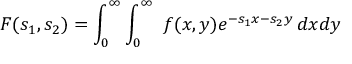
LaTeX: F ( s _ { 1 } , s _ { 2 } ) = \int _ { 0 } ^ { \infty } \int _ { 0 } ^ { \infty } \ f ( x , y ) e ^ { - s _ { 1 } x - s _ { 2 } y } \, d x d y